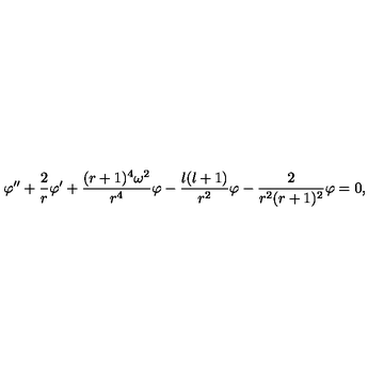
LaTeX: \varphi ^ { \prime \prime } + { \frac { 2 } { r } } \varphi ^ { \prime } + { \frac { ( r + 1 ) ^ { 4 } \omega ^ { 2 } } { r ^ { 4 } } } \varphi - { \frac { l ( l + 1 ) } { r ^ { 2 } } } \varphi - { \frac { 2 } { r ^ { 2 } ( r + 1 ) ^ { 2 } } } \varphi = 0 ,